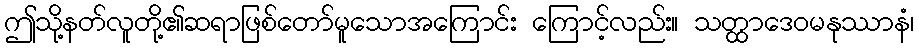
ဤသို့နတ်လူတို့၏ဆရာဖြစ်တော်မူသောအကြောင်း ကြောင့်လည်း။ သတ္ထာဒေဝမနုဿာနံ၊